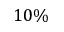
1 0 \%